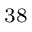
^ { 3 8 }